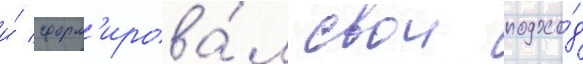
и́ сформ'ирова́л свои подхо́д